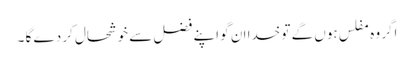
اگر وہ مفلس ہوں گے تو خدا ان گو اپنے فضل سے خوشحال کر دے گا ۔